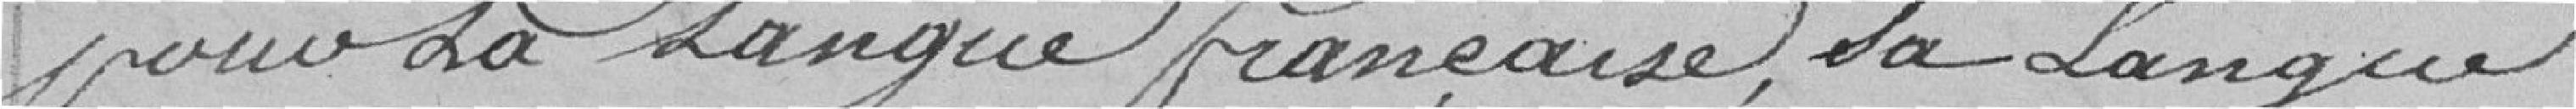
pour la langue française, sa langue